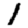
Digit: 1